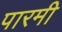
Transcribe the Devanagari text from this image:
पारमी